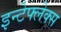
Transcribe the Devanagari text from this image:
इन्टेफ्लेक्स